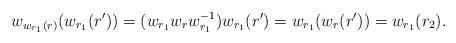
LaTeX: \begin{align*} w_{w_{r_1}(r)}(w_{r_1}(r'))= (w_{r_1} w_r w_{r_1}^{-1}) w_{r_1}(r') = w_{r_1}(w_r(r')) = w_{r_1}(r_2). \end{align*}